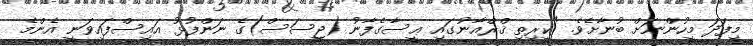
މިފަދަ މީހުންނަށް ބުނާށެވެ. "ކީރިތި ޤްރްއާނުގައި ޢީސާގެފާނު (ޖީސަސް)ގެ ނަންފުޅު އައިސްފައިވަނީ އެންމެ